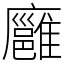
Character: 廱